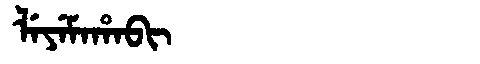
Manchu: ᠯᡝᠶᡝᠮᠠᡥᠠᠪᡳ
Romanization: LEYEMAHABI